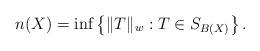
LaTeX: \begin{align*}n(X)=\inf\left\{\|T\|_w:T\in S_{B(X)}\right\}.\end{align*}